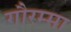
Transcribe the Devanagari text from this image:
गौरम्मा